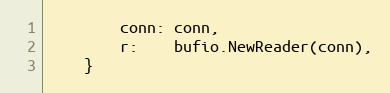
Language: Go
		conn: conn,
		r:    bufio.NewReader(conn),
	}